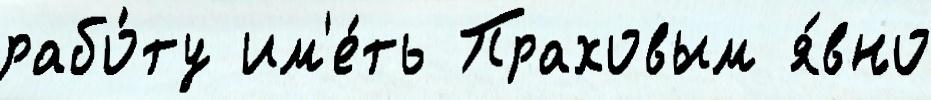
рабо́ту им'е́ть Праховым я́вно